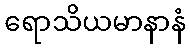
ရောသိယမာနာနံ